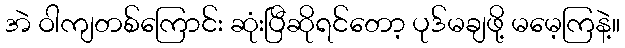
အဲ ဝါကျတစ်ကြောင်း ဆုံးပြီဆိုရင်တော့ ပုဒ်မချဖို့ မမေ့ကြနဲ့။